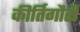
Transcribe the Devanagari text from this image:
कीर्तिगौरी